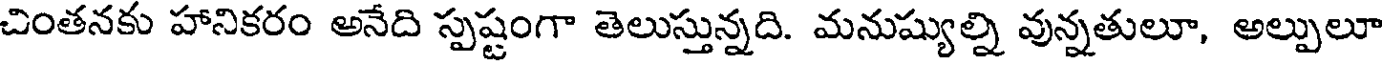
చింతనకు హానికరం అనేది స్పష్టంగా తెలుస్తున్నది. మనుష్యుల్ని వున్నతులూ, అల్పులూ